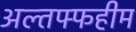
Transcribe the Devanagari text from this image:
अल्तफ्फहीम